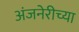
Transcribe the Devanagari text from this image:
अंजनेरीच्या